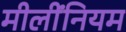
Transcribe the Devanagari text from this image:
मीलींनियम